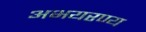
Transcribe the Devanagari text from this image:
अभयरण्य